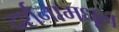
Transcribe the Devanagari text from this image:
दर्शनामधून